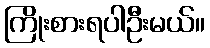
ကြိုးစားရပါဦးမယ်။